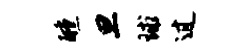
醺旦球过